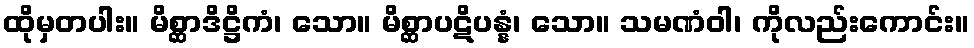
ထိုမှတပါး။ မိစ္ဆာဒိဋ္ဌိကံ၊ သော။ မိစ္ဆာပဋိပန္နံ၊ သော။ သမဏံဝါ၊ ကိုလည်းကောင်း။